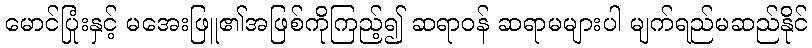
မောင်ပြုံးနှင့် မအေးဖြူ၏အဖြစ်ကိုကြည့်၍ ဆရာဝန် ဆရာမများပါ မျက်ရည်မဆည်နိုင်